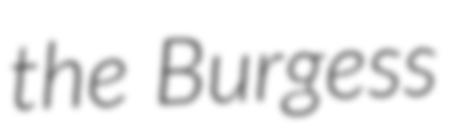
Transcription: the Burgess